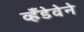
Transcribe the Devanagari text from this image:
व्हँडेवेने